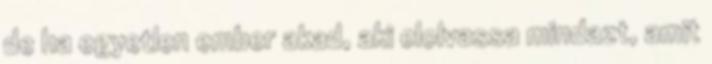
de ha egyetlen ember akad, aki elolvassa mindazt, amit